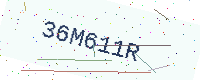
Text: 36M611R